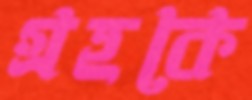
গ্রহকে